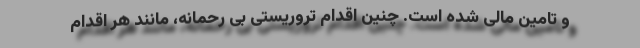
و تامین مالی شده است. چنین اقدام تروریستی بی رحمانه، مانند هر اقدام